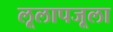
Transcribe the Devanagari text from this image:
लूलापजूला